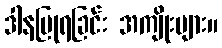
ဒါနပြုရခြင်း အကျိုးများ။